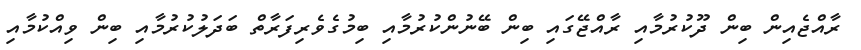
ރާއްޖެއިން ބިން ދޫކުރުމާއި ރާއްޖޭގައި ބިން ބޭނުންކުރުމާއި ބިމުގެވެރިފަރާތް ބަދަލުކުރުމާއި ބިން ވިއްކުމާއި